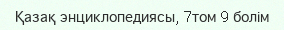
Қазақ энциклопедиясы, 7том 9 болім